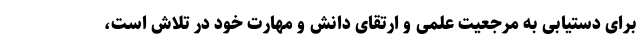
برای دستیابی به مرجعیت علمی و ارتقای دانش و مهارت خود در تلاش است،